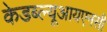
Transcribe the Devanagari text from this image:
केडब्ल्यूआयएनसी